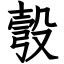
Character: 彀